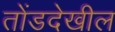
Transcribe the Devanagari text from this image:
तोंडदेखील